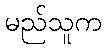
မည်သူက